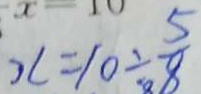
x = 1 0 \div \frac { 5 } { 8 }